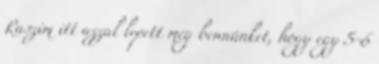
Raszim itt azzal lepett meg bennünket, hogy egy 5-6